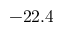
- 2 2 . 4